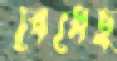
বেধেছ